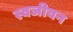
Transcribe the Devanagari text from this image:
स्वजीवन